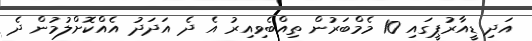
އަދި ޑީއާރުޕީގައި 10 މެމްބަރުން ތިއްބެވިއިރު އެ ދެ އަދަދު އެއްކޮށްލުމުން ދެ